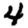
Digit: 4